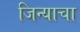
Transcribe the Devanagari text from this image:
जिन्याचा